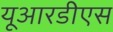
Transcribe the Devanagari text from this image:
यूआरडीएस